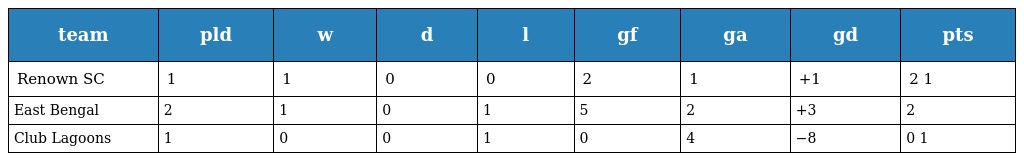
| team | pld | w | d | l | gf | ga | gd | pts |
 | --- | --- | --- | --- | --- | --- | --- | --- | --- |
 | Renown SC | 1 | 1 | 0 | 0 | 2 | 1 | +1 | 2 1 |
 | East Bengal | 2 | 1 | 0 | 1 | 5 | 2 | +3 | 2 |
 | Club Lagoons | 1 | 0 | 0 | 1 | 0 | 4 | −8 | 0 1 |